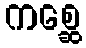
ကစ္ဆေ